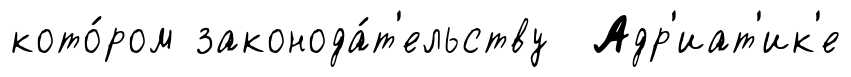
кото́ром законода́т'ельству Адр'иат'ик'е